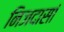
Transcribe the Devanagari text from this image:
निजदासां